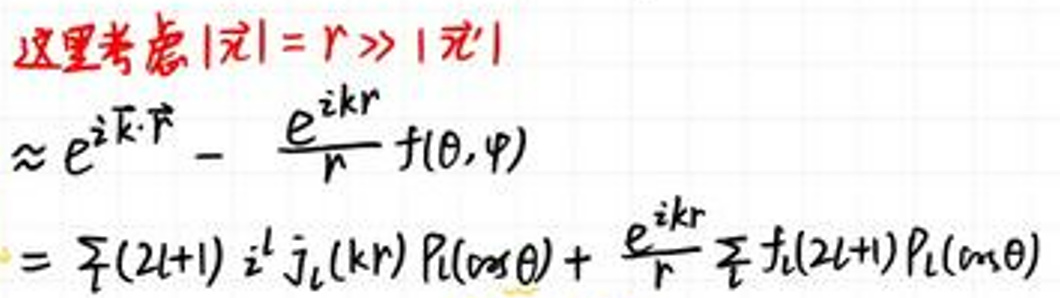
这里考虑\( |\vec{r}| = r \gg |\vec{r}'|\)\\
\(\approx e^{i\vec{k}\cdot\vec{r}} - \frac{e^{ikr}}{r} f(\theta,\varphi)\)\\
\(= \sum (2l + 1) i^l j_l(kr) P_l(\cos\theta) + \frac{e^{ikr}}{r} \sum t_l(2l + 1) P_l(\cos\theta)\)